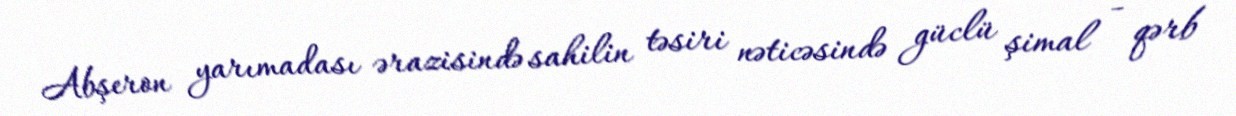
Abşeron yarımadası ərazisində sahilin təsiri nəticəsində güclü şimal - qərb